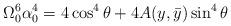
LaTeX: \begin{align*}\Omega_0^6 \alpha_0^4 = 4\cos^4\theta + 4A(y, \bar{y})\sin^4\theta\end{align*}